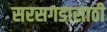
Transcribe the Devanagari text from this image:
सरसगडासाठी